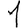
Digit: 1